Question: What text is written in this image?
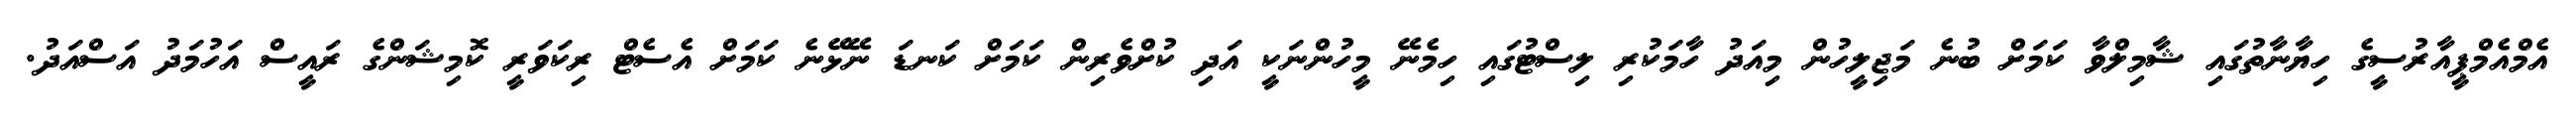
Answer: އެމްއެމްޕީއާރުސީގެ ހިޔާނާތުގައި ޝާމިލްވާ ކަމަށް ބުނެ މަޖިލީހުން މިއަދު ހާމަކުރި ލިސްޓުގައި ހިމެނޭ މީހުންނަކީ އަދި ކުށްވެރިން ކަމަށް ކަނޑަ ނޭޅޭނެ ކަމަށް އެސެޓް ރިކަވަރީ ކޮމިޝަންގެ ރައީސް އަހުމަދު އަސްއަދު.